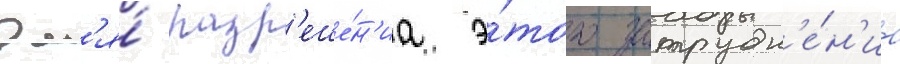
Дл'я́ разр'еше́н'иа э́того затрудн'е́н'иа